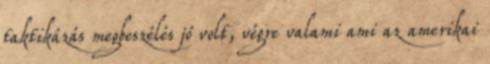
taktikázás megbeszélés jó volt, végre valami ami az amerikai